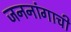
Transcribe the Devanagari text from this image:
जननांगाची